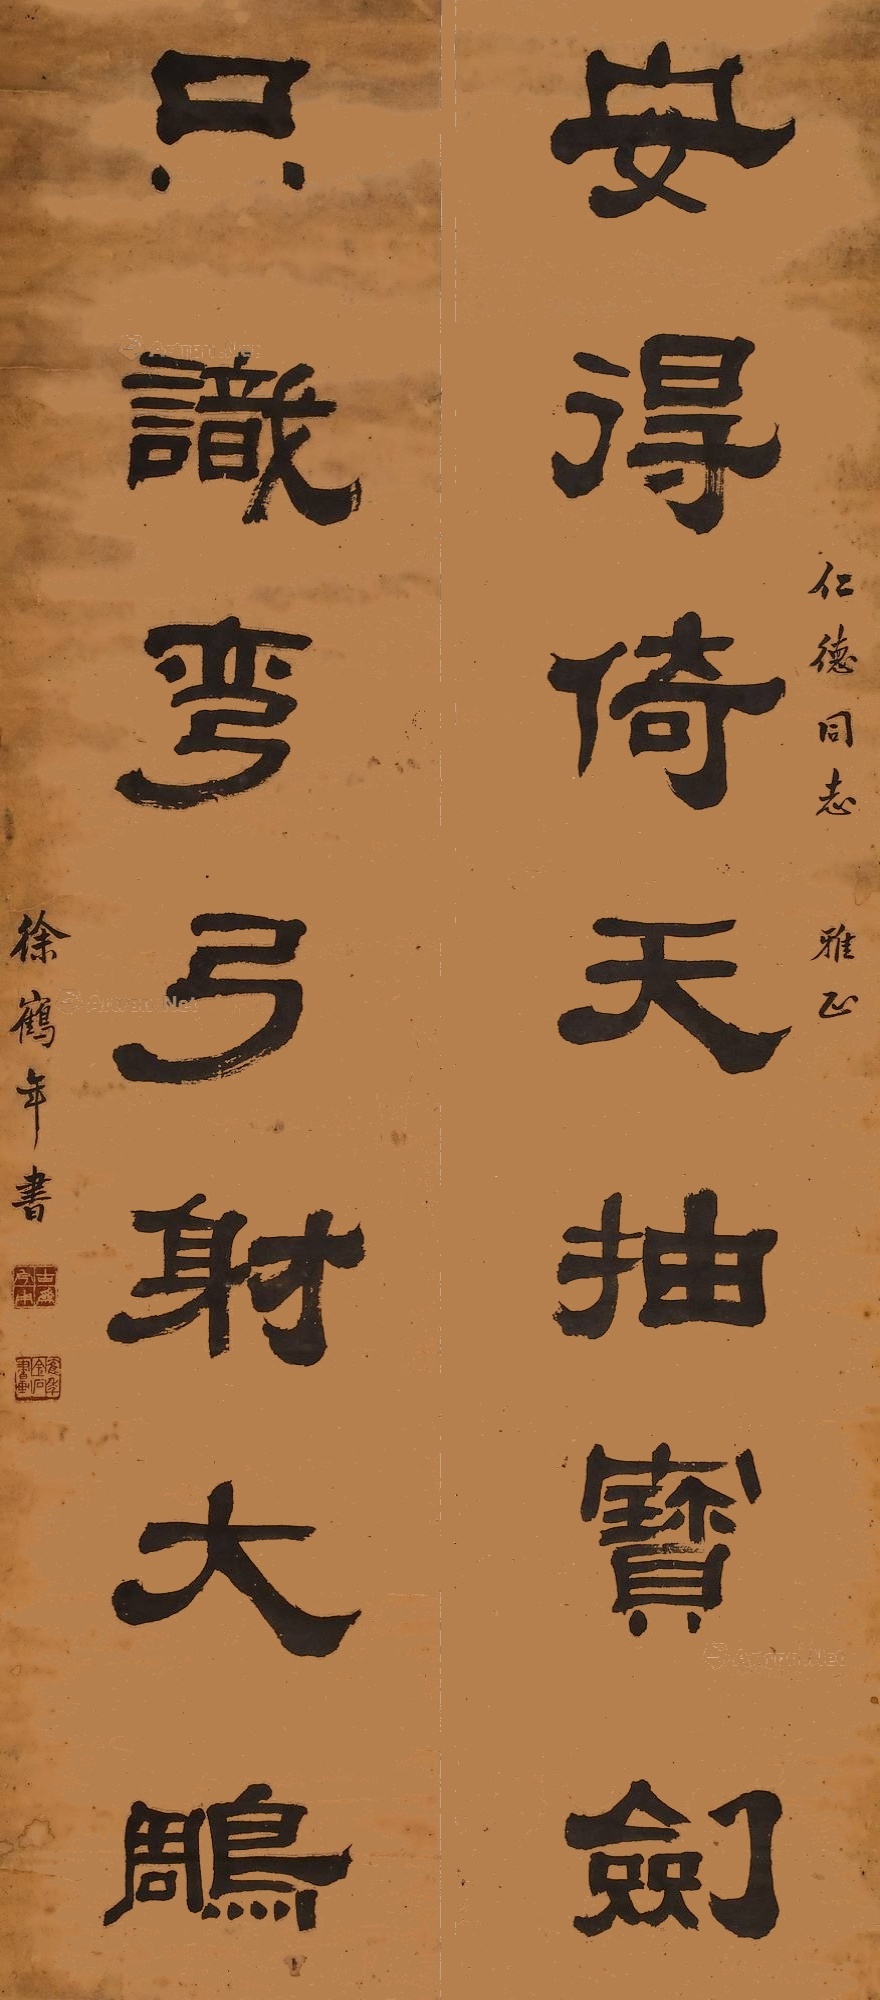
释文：安得倚天抽宝剑，只识弯弓射大雕。仁德同志雅正，徐鹤年书。